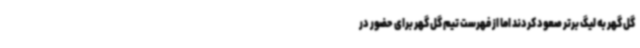
گل گهر به لیگ برتر صعود کردند اما از فهرست تیم گل‌ گهر برای حضور در